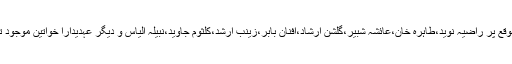
اس موقع پر راضیہ نوید،طاہرہ خان،عائشہ شبیر،گلشن ارشاد،افنان بابر،زینب ارشد،کلثوم جاوید،نبیلہ الیاس و دیگر عہدیدارا خواتین موجود تھیں ۔